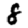
Digit: 8